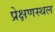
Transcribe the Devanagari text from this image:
प्रेक्षणस्थल